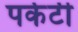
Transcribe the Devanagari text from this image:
पर्कटी